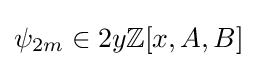
\psi _{2m}\in 2y\mathbb {Z} [x,A,B]